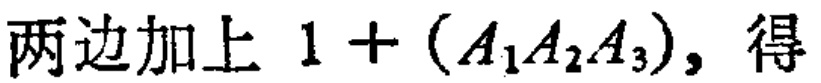
两边加上 \(1 + (A_1A_2A_3)\)，得